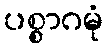
ပစ္စာဂမုံ